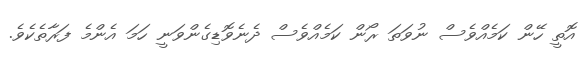
އޮތީ ހޭން ކަމެއްވެސް ނުވަތަ ރޯން ކަމެއްވެސް ދެނެވޮޑިގެންވަނީ ހަމަ އެންމެ ފަރާތެކެވެ.